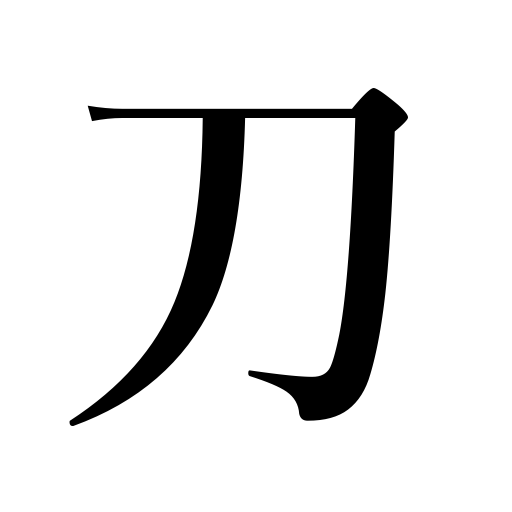
Meanings: knife,blade,engraving tool,sword,saber